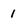
Character: 1